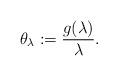
LaTeX: \begin{align*} \theta_{\lambda} := \frac{g(\lambda)}{\lambda}. \end{align*}